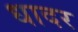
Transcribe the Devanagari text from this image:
धादर